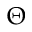
\Theta